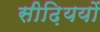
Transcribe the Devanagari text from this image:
सीढ़िययों